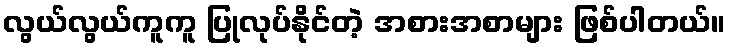
လွယ်လွယ်ကူကူ ပြုလုပ်နိုင်တဲ့ အစားအစာများ ဖြစ်ပါတယ်။